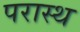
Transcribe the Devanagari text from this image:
परास्थ